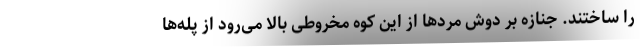
را ساختند. جنازه بر دوش مَردها از این کوه مخروطی بالا می‌رود از پله‌ها